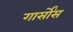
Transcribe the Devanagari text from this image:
गार्सोंस